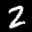
Label: 2